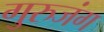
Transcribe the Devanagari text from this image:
गुरुजंग